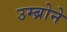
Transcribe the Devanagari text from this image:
उम्ब्रोने